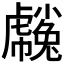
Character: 𧈒